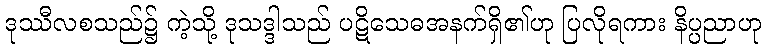
ဒုဿီလစသည်၌ ကဲ့သို့ ဒုသဒ္ဒါသည် ပဋိသေဓအနက်ရှိ၏ဟု ပြလိုရကား နိပ္ပညာဟု